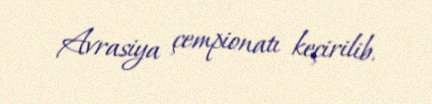
Avrasiya çempionatı keçirilib.